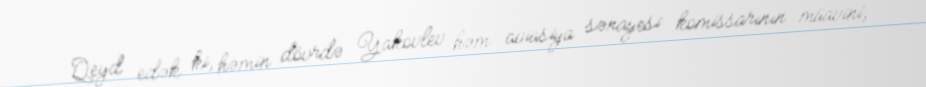
Qeyd edək ki, həmin dövrdə Yakovlev həm aviasiya sənayesi komissarının müavini,